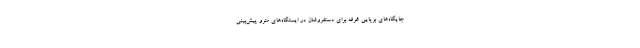
جایگاه‌های برپایی غرفه برای دستفروشان در ایستگاه‌های مترو پیش‌بینی